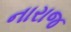
નારાજ